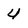
Character: 4